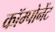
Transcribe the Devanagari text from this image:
कॉम्पोनेंट